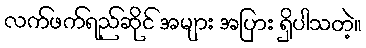
လက်ဖက်ရည်ဆိုင် အများ အပြား ရှိပါသတဲ့။